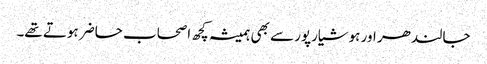
جالندھر اور ہوشیارپور سے بھی ہمیشہ کچھ اصحاب حاضر ہوتے تھے۔